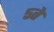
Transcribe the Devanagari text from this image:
५ते